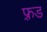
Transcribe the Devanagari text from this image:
फ़्रड